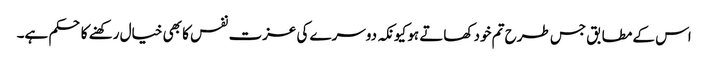
اس کے مطابق جس طرح تم خود کھاتے ہو کیونکہ دوسرے کی عزت نفس کا بھی خیال رکھنے کا حکم ہے۔